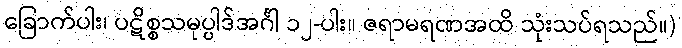
ခြောက်ပါး၊ ပဋိစ္စသမုပ္ပါဒ်အင်္ဂါ ၁၂-ပါး။ ဇရာမရဏအထိ သုံးသပ်ရသည်။)